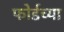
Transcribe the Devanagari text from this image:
फोर्डच्या